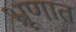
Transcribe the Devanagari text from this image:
भ्रूणात